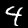
Digit: 4